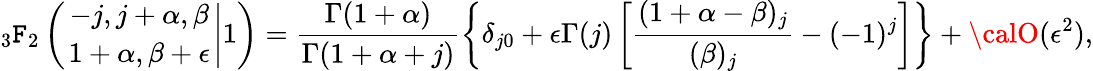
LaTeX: {_3\mathtt{F}_{2}}\left(\left.{-j,j+\alpha,\beta\atop1+\alpha,\beta+\epsilon}\right|1\right)=\frac{{\Gamma(1+\alpha)}}{{\Gamma(1+\alpha+j)}}\left\{ \delta_{j0}+\epsilon\Gamma(j)\left[\frac{{(1+\alpha-\beta)_{j}}}{{(\beta)_{j}}}-(-1)^{j}\right]\right\} +{\calO}(\epsilon^{2}),